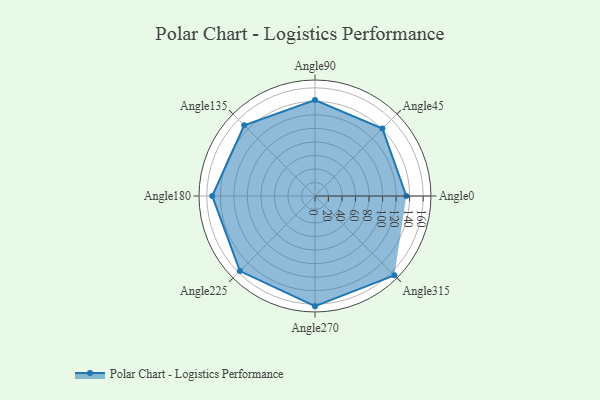
{"axis": {"x": "Angle", "y": "Radius"}, "legend": [""], "data": [{"x": "Angle0", "y": 135.0, "type": ""}, {"x": "Angle45", "y": 141.0, "type": ""}, {"x": "Angle90", "y": 142.0, "type": ""}, {"x": "Angle135", "y": 148.0, "type": ""}, {"x": "Angle180", "y": 152.0, "type": ""}, {"x": "Angle225", "y": 157.0, "type": ""}, {"x": "Angle270", "y": 163.0, "type": ""}, {"x": "Angle315", "y": 166.0, "type": ""}]}